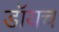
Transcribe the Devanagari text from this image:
डॉयच